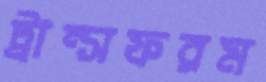
ট্রান্সফরম